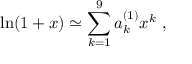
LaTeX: \ln ( 1 + x ) \simeq \sum _ { k = 1 } ^ { 9 } a _ { k } ^ { ( 1 ) } x ^ { k } ~ ,